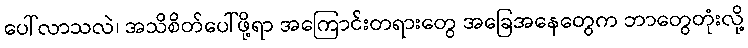
ပေါ်လာသလဲ၊ အသိစိတ်ပေါ်ဖို့ရာ အကြောင်းတရားတွေ အခြေအနေတွေက ဘာတွေတုံးလို့